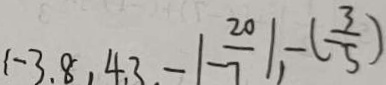
( - 3 . 8 , 4 . 3 , - \vert - \frac { 2 0 } { 7 } \vert , - ( - \frac { 3 } { 5 } )